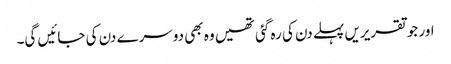
اور جو تقریریں پہلے دن کی رہ گئی تھیں وہ بھی دوسرے دن کی جائیں گی۔